Indian journal of veterinary science and animal husbandry - Volume 14,
Year: 1944
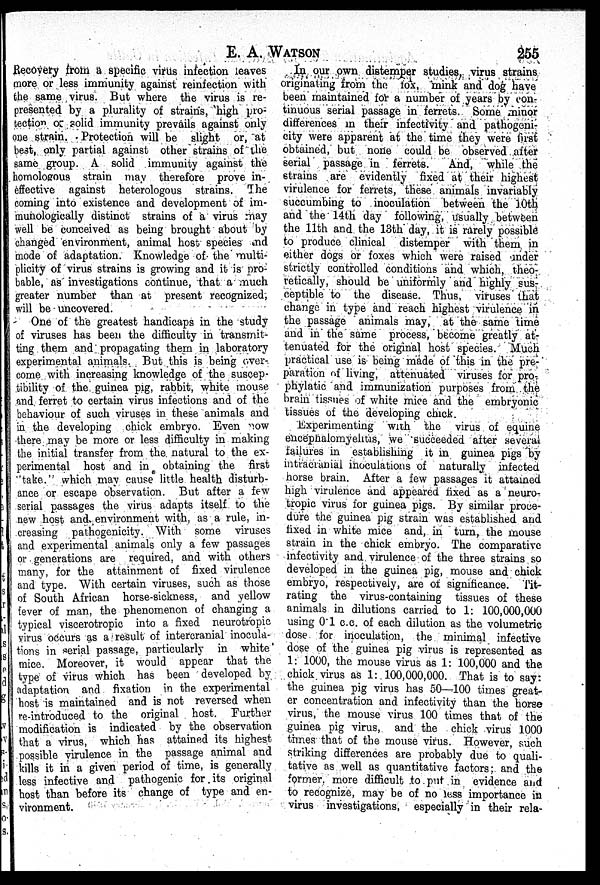
E. A.
WATSON
255
Recovery from a specific virus infection leaves
more or less immunity against reinfection with
the same virus. But where the virus is re-
presented by a plurality of strains, high pro-
tection or solid immunity prevails against only
one strain. Protection will be slight or, at
best, only partial against other strains of the
same group. A solid immunity against the
homologous strain may therefore prove in-
effective against heterologous strains. The
coming into existence and development of im-
munologically distinct strains of a virus may
well be conceived as being brought about by
changed environment, animal host species and
mode of adaptation. Knowledge of- the multi-
plicity of virus strains is growing and it is pro-
bable, as investigations continue, that a much
greater number than at present recognized,
will be uncovered.
One of the greatest handicaps in the study
of viruses has been the difficulty in transmit-
ting them and propagating them in laboratory
experimental animals. But this is being over-
come with increasing knowledge of the suscep-
tibility of the guinea pig, rabbit, white mouse
and ferret to certain virus infections and of the
behaviour of such viruses in these animals and
in the developing chick embryo. Even now
there may be more or less difficulty in making
the initial transfer from the natural to the ex-
perimental host and in obtaining the first
'take.' which may cause little health disturb-
ance or escape observation. But after a few
serial passages the virus adapts itself to the
new host and environment with, as a rule, in-
creasing pathogenicity. With some viruses
and experimental animals only a few passages
or generations are required, and with others
many, for the attainment of fixed virulence
and type. With certain viruses, such as those
of South African horse-sickness, and yellow
fever of man, the phenomenon of changing a
typical viscerotropic into a fixed neurotropic
virus occurs as a result of intercranial inocula-
tions in serial passage, particularly in white
mice. Moreover, it would appear that the
type of virus which has been developed by
adaptation and fixation in the experimental
host is maintained and is not reversed when
re-introduced to the original host. Further
modification is indicated by the observation
that a virus, which has attained its highest
possible virulence in the passage animal and
kills it in a given period of time, is generally
less infective and pathogenic for its original
host than before its change of type and en-
vironment.
In our own distemper studies, virus strains
originating from the fox, mink and dog have
been maintained for a number of years by con-
tinuous serial passage in ferrets. Some minor
differences in their infectivity and pathogeni-
city were apparent at the time they were first
obtained, but none could be observed after
serial passage in ferrets.
And, while the
strains are evidently fixed at their highest
virulence for ferrets, these animals invariably
succumbing to inoculation between the 10th
and the 14th day following, usually between
the 11th and the 13th day, it is rarely possible
to produce clinical distemper with them in
either dogs or foxes which were raised under
strictly controlled conditions and which, theo-
retically, should be uniformly and highly sus-
ceptible to the disease. Thus, viruses that
change in type and reach highest virulence in
the passage animals may, at the same time
and in the same process, become greatly at-
tenuated for the original host species. Much
practical use is being made of this in the pre-
paration of living, attenuated viruses for pro-
phylatic and immunization purposes from the
brain tissues of white mice and the embryonic
tissues of the developing chick.
Experimenting with the virus of equine
encephalomyelitis, we succeeded after several
failures in establishing it in guinea pigs by
intracranial inoculations of naturally infected
horse brain. After a few passages it attained
high virulence and appeared fixed as a neuro-
tropic virus for guinea pigs. By similar proce-
dure the guinea pig strain was established and
fixed in white mice and, in turn, the mouse
strain in the chick embryo. The comparative
infectivity and. virulence of the three strains so
developed in the guinea pig, mouse and chick
embryo, respectively, are of significance. Tit-
rating the virus-containing tissues of these
animals in dilutions carried to 1: 100,000,000
using 0.1 c.c. of each dilution as the volumetric
dose for inoculation, the minimal infective
dose of the guinea pig virus is represented as
1: 1000, the mouse virus as 1: 100,000 and the
chick virus as 1: 100,000,000. That is to say:
the guinea pig virus has 50—100 times great-
er concentration and infectivity than the horse
virus, the mouse virus 100 times that of the
guinea pig virus, and the chick virus 1000
times that of the mouse virus. However, such
striking differences are probably due to quali-
tative as well as quantitative factors; and the
former, more difficult to put in evidence and
to recognize, may be of no less importance in
virus investigations, especially in their rela-